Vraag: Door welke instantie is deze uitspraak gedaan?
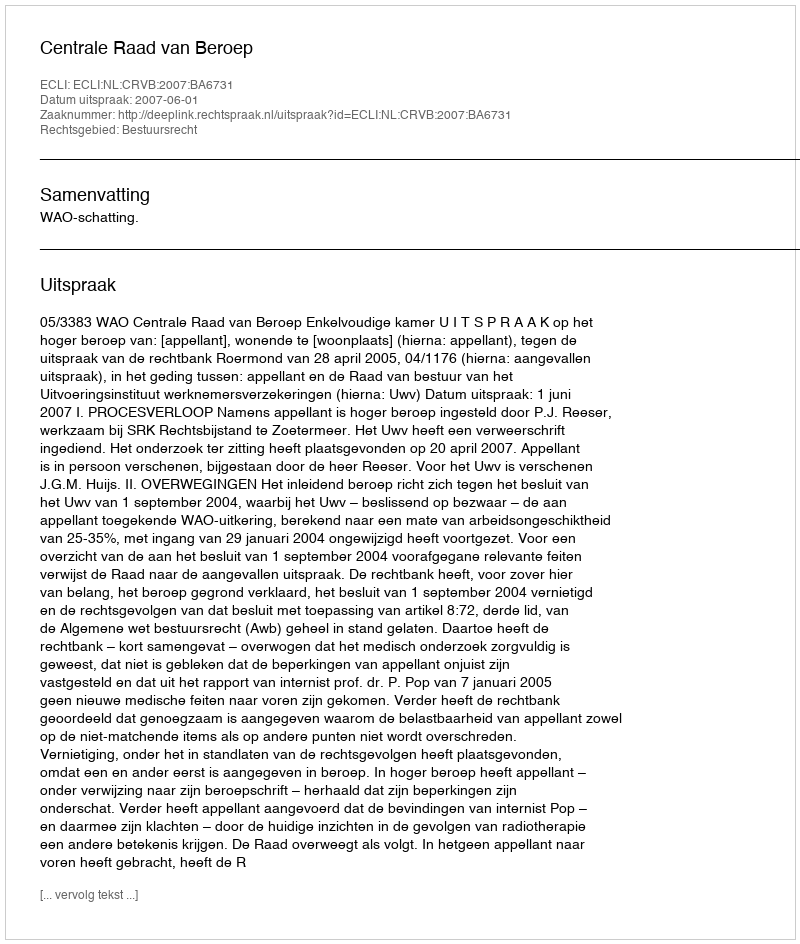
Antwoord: Centrale Raad van Beroep